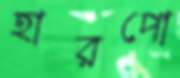
হারপো